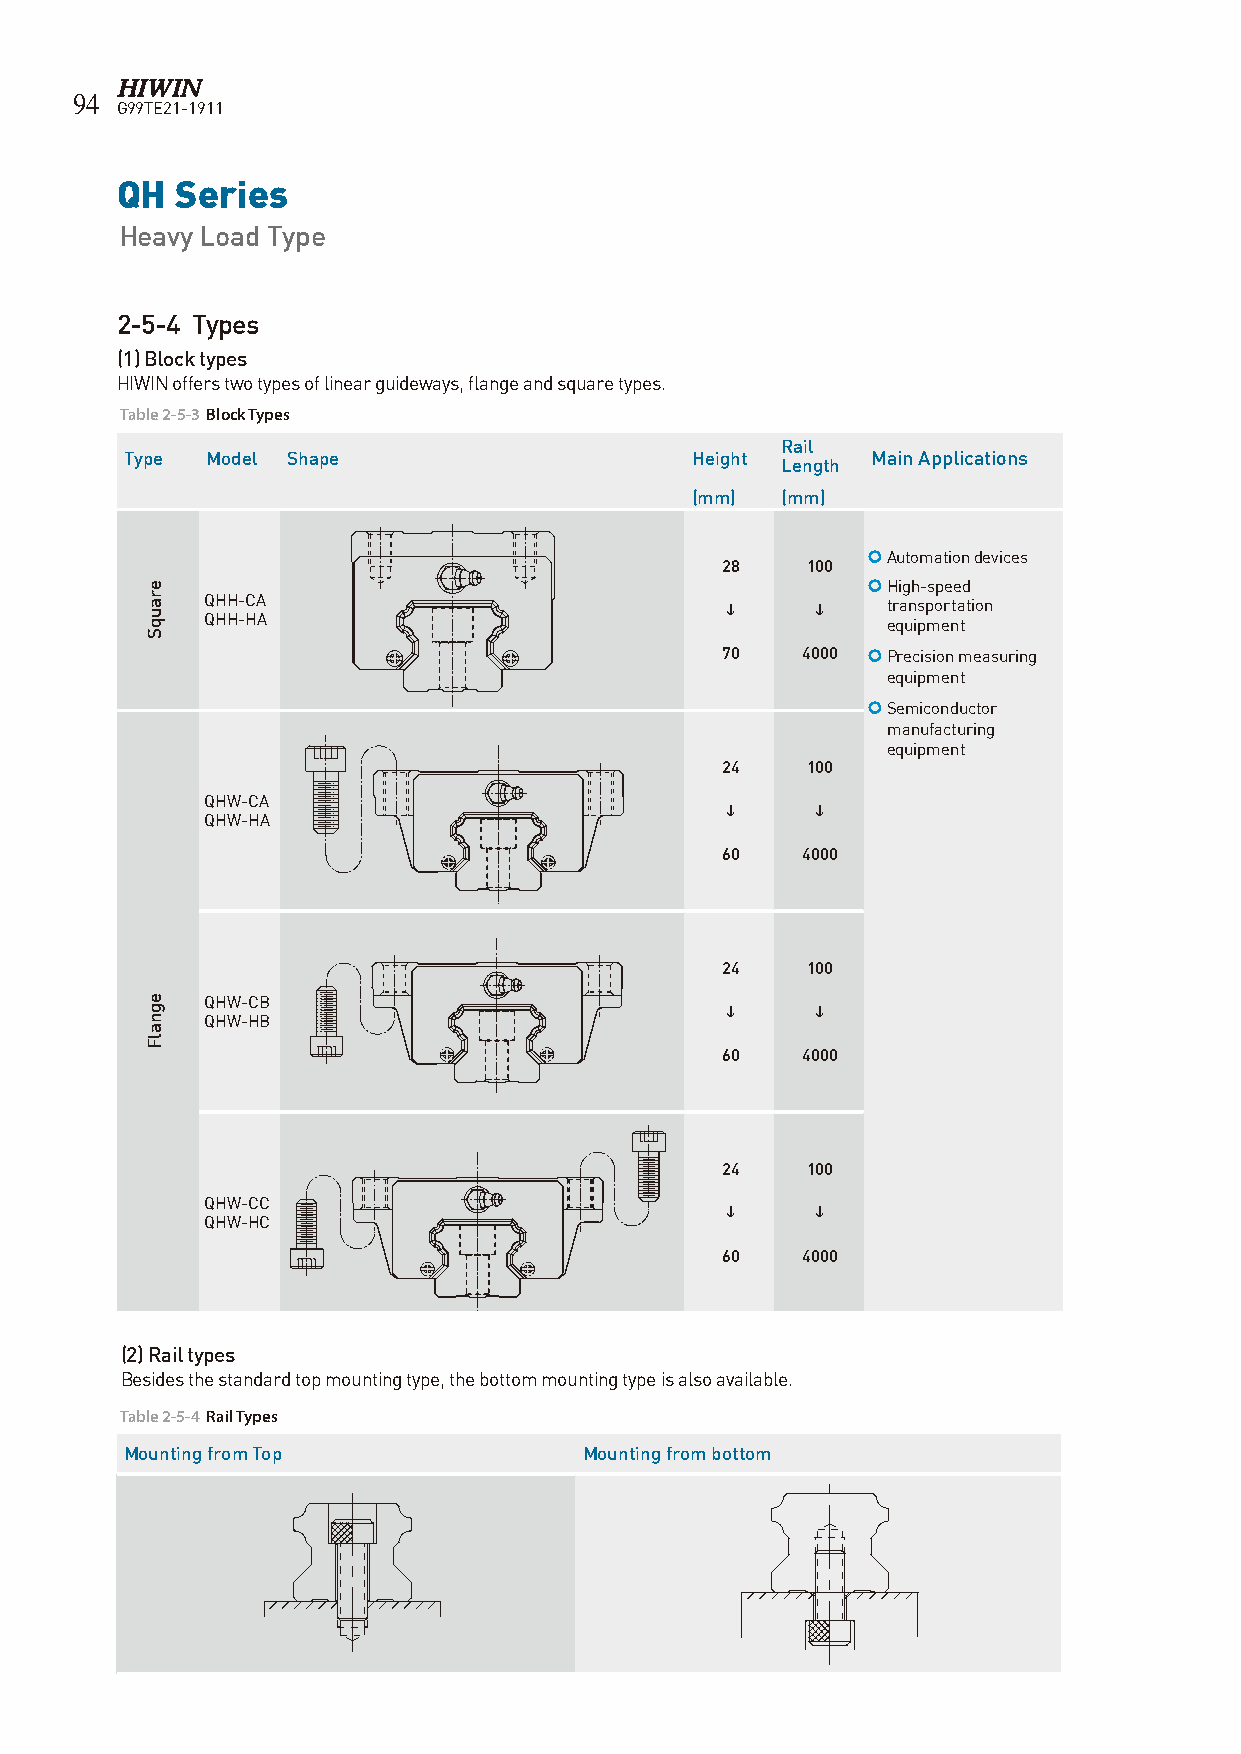
94
 G99TE21-1911
 QH  Series
 Heavy Load Type
 2-5-4 Types
 (1) Block types
 HIWIN offers two types of linear guideways, flange and square types.
 Table 2-5-3 Block Types
 Rail
 Type  Model Shape                     Height      Main Applications
 Length
 (mm)  (mm)
  Automation devices
 28   100
  High-speed
 QHH-CA                                     transportation
 QHH-HA                                       equipment
 70   4000  Precision measuring
 equipment
  Semiconductor
 manufacturing
 equipment
 24   100
 QHW-CA
      
 QHW-HA
 60   4000
 24   100
 QHW-CB
      
 QHW-HB
 60   4000
 24   100
 QHW-CC
      
 QHW-HC
 60   4000
 (2) Rail types
 Besides the standard top mounting type, the bottom mounting type is also available.
 Table 2-5-4 Rail Types
 Mounting from Top              Mounting from bottom
 erauqS
 egnalF